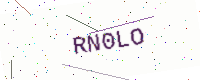
Text: RN0LO